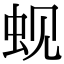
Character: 蚬